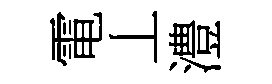
電丄澧